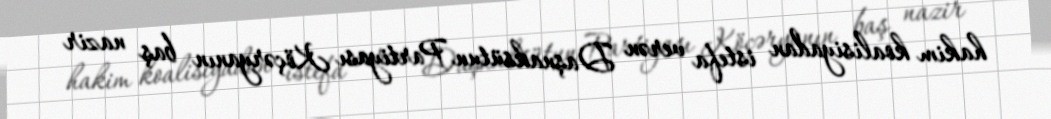
hakim koalisiyadan istefa verən Daşnaksütun Partiyası Köçəryanın baş nazir